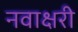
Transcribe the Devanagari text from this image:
नवाक्षरी